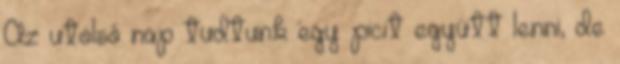
Az utolsó nap tudtunk egy picit együtt lenni, de